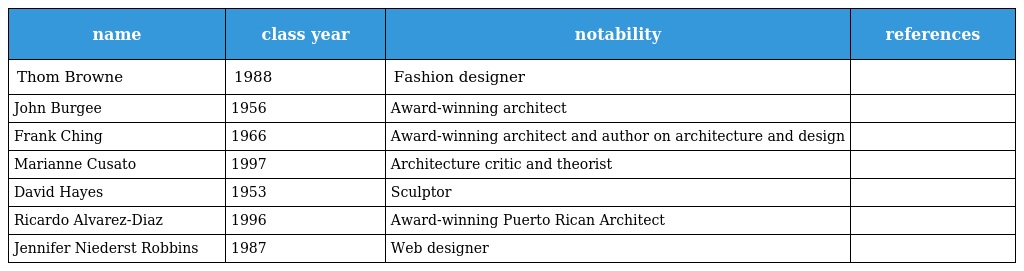
| name | class year | notability | references |
 | --- | --- | --- | --- |
 | Thom Browne | 1988 | Fashion designer |  |
 | John Burgee | 1956 | Award-winning architect |  |
 | Frank Ching | 1966 | Award-winning architect and author on architecture and design |  |
 | Marianne Cusato | 1997 | Architecture critic and theorist |  |
 | David Hayes | 1953 | Sculptor |  |
 | Ricardo Alvarez-Diaz | 1996 | Award-winning Puerto Rican Architect |  |
 | Jennifer Niederst Robbins | 1987 | Web designer |  |